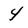
Character: 4